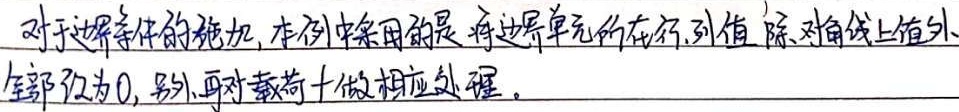
对于边界条件的施加，本例中采用的是将边界单元所在行、列值（除对角线上值外）全部设为0。另外，再对载荷向量做相应处理。